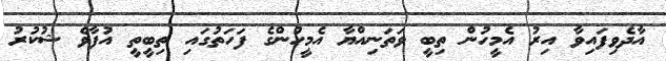
އާދެވިފައިވާ އިރު އެމީހުން ތިބީ ވަތަނިއްޔާ އެމީހުންގެ ފަހަތުގައި ތިބީތީ އުފާވެ ޝުކުރު